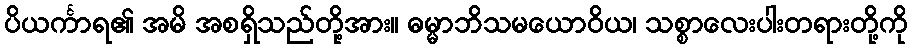
ပိယင်္ကာရ၏ အမိ အစရှိသည်တို့အား။ ဓမ္မာဘိသမယောဝိယ၊ သစ္စာလေးပါးတရားတို့ကို